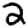
Digit: 2